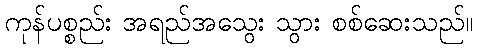
ကုန်ပစ္စည်း အရည်အသွေး သွား စစ်ဆေးသည်။